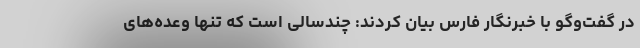
در گفت‌وگو با خبرنگار فارس بیان کردند: چندسالی است که تنها وعده‌های